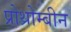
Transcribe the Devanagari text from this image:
प्रोथ्रोम्बीन